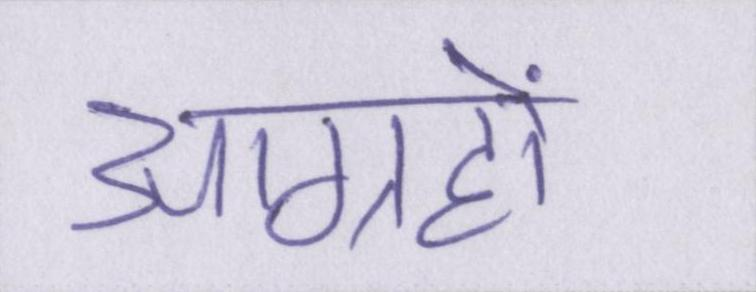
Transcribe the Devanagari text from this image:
आग्रहों